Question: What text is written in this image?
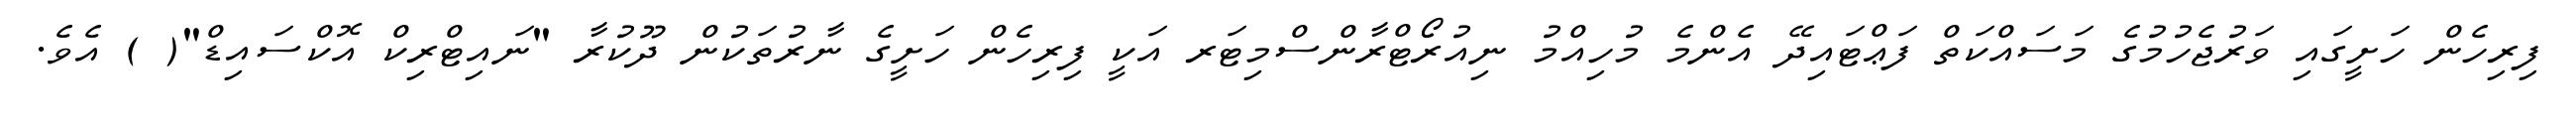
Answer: ފިރިހެން ހަށީގައި ވަރުޖެހުމުގެ މަސައްކަތް ފަޢްޓައިދޭ އެންމެ މުހިއްމު ނިއުރޯޓްރާންސްމިޓަރ އަކީ ފިރިހެން ހަށީގެ ނާރުތަކުން ދޫކުރާ "ނައިޓްރިކް އޮކްސައިޑް"( ) އެވެ.